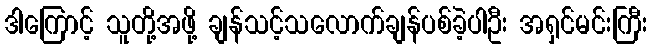
ဒါကြောင့် သူတို့အဖို့ ချန်သင့်သလောက်ချန်ပစ်ခဲ့ပါဦး အရှင်မင်းကြီး